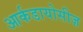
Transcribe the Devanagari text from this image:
आर्कडायोसीज़